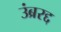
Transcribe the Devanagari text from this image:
उंब्ररद्द